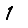
Digit: 1